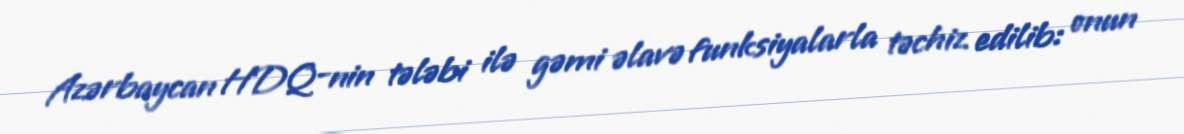
Azərbaycan HDQ-nin tələbi ilə gəmi əlavə funksiyalarla təchiz edilib: onun